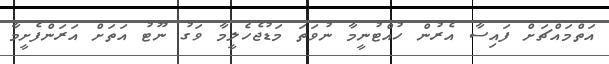
އަތްމައްޗަށް ފައިސާ އެރުން ހުއްޓުނީމާ ނުވަތަ މަޑުޖެހެލީމާ ވަގު ނޫޓު އަތަށް އަރަންފެށީމާ